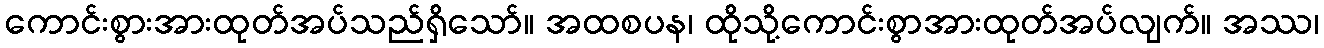
ကောင်းစွားအားထုတ်အပ်သည်ရှိသော်။ အထစပန၊ ထိုသို့ကောင်းစွာအားထုတ်အပ်လျက်။ အဿ၊